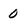
Character: 0